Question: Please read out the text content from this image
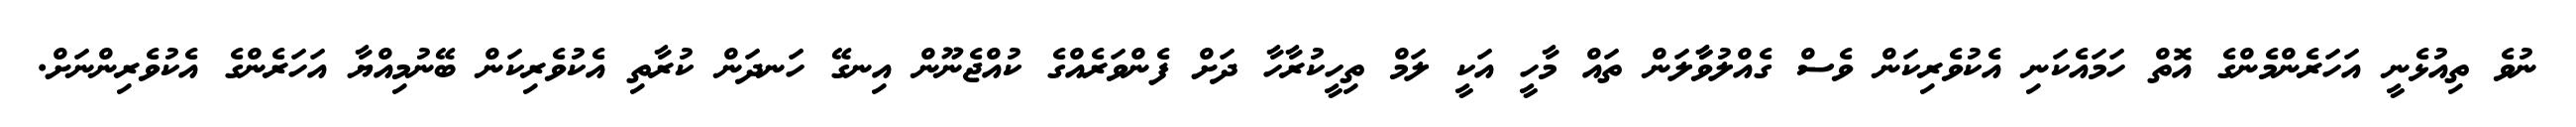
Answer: ނުވެ ތިއުޅެނީ އަހަރެންމެންގެ އޮތް ހަމައެކަނި އެކުވެރިކަން ވެސް ގެއްލުވާާލަން ތައް މާހީ އަކީ ލަމް ތިހީކުރާހާ ދަށް ފެންވަރެއްގެ ކުއްޖެނޫން އިނގޭ ހަނދަން ކުރާތި އެކުވެރިކަން ބޭނުމިއްޔާ އަހަރެންގެ އެކުވެރިންނަށް.